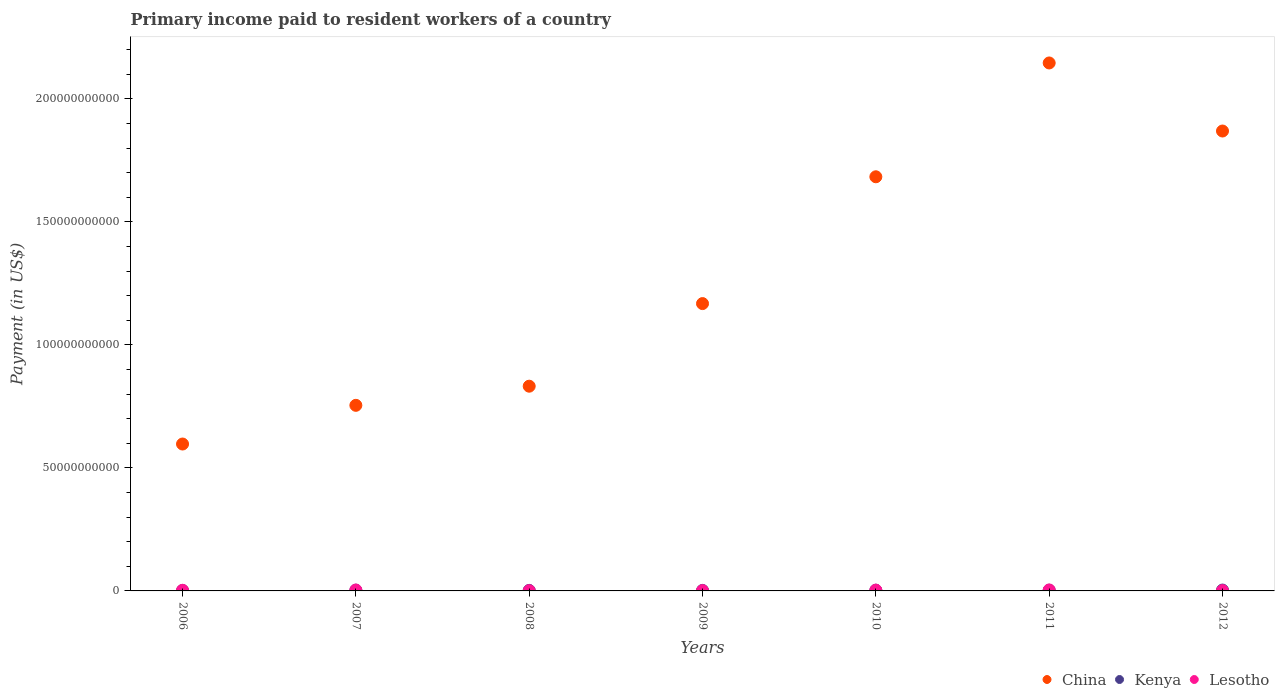
| Years | China | Kenya | Lesotho |
 | --- | --- | --- | --- |
 | 2006 | 5.97e+10 | 1.7e+08 | 2.65e+08 |
 | 2007 | 7.54e+10 | 3.05e+08 | 3.7e+08 |
 | 2008 | 8.32e+10 | 2.21e+08 | 9.93e+07 |
 | 2009 | 1.17e+11 | 2.12e+08 | 1.25e+08 |
 | 2010 | 1.68e+11 | 2.92e+08 | 3.25e+08 |
 | 2011 | 2.15e+11 | 2.83e+08 | 3.95e+08 |
 | 2012 | 1.87e+11 | 3.5e+08 | 1.28e+08 |